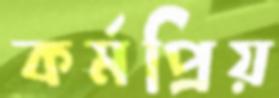
কর্মপ্রিয়